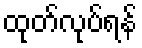
ထုတ်လုပ်ရန်